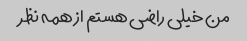
من خیلی راضی هستم از همه نظر